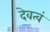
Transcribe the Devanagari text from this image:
देवत्वं